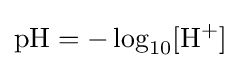
\mathrm {pH} =-\log _{10}[\mathrm {H} ^{+}]